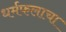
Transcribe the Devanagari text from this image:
धर्मफलाचा